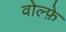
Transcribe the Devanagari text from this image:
वोल्फ़े